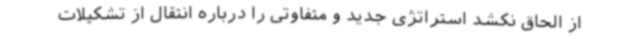
از الحاق نکشد استراتژی جدید و متفاوتی را درباره انتقال از تشکیلات